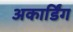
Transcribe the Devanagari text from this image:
अकार्डिंग